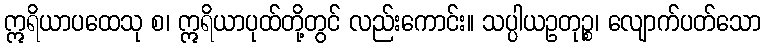
ဣရိယာပထေသု စ၊ ဣရိယာပုထ်တို့တွင် လည်းကောင်း။ သပ္ပါယဥတုဉ္စ၊ လျောက်ပတ်သော